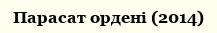
Парасат ордені (2014)